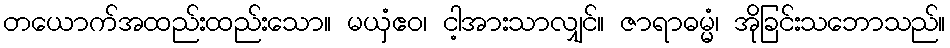
တယောက်အထည်းထည်းသော။ မယှံဧဝ၊ ငါ့အားသာလျှင်။ ဇာရာဓမ္မံ၊ အိုခြင်းသဘောသည်။